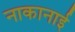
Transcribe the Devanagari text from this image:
नाकानाई